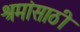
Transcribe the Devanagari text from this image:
श्रमांसाठी